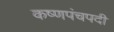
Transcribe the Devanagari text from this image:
कष्णपंचपदी